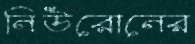
নিউরোনের